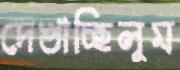
দেখাচ্ছিলুম